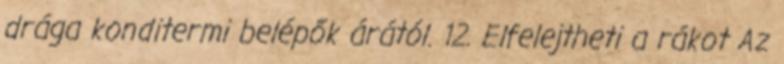
drága konditermi belépők árától. 12. Elfelejtheti a rákot Az